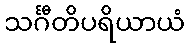
သင်္ဂီတိပရိယာယံ